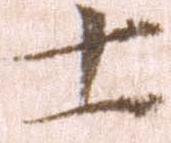
士